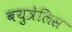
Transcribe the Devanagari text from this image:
बयुत्रेलिस